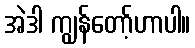
အဲဒါ ကျွန်တော့်ဟာပါ။